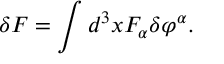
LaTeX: \delta { \cal F } = \int d ^ { 3 } x { \cal F } _ { \alpha } \delta \varphi ^ { \alpha } .